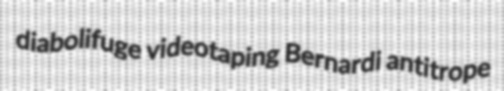
diabolifuge videotaping Bernardi antitrope